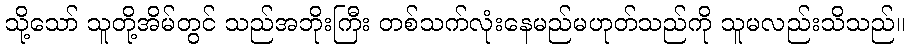
သို့သော် သူတို့အိမ်တွင် သည်အဘိုးကြီး တစ်သက်လုံးနေမည်မဟုတ်သည်ကို သူမလည်းသိသည်။